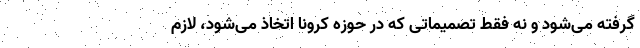
گرفته می‌شود و نه فقط تصمیماتی که در حوزه کرونا اتخاذ می‌شود، لازم